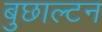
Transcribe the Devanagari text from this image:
बुछाल्टन